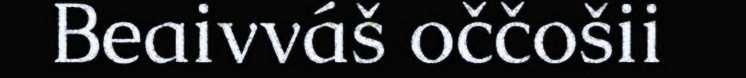
Beaivváš oččošii